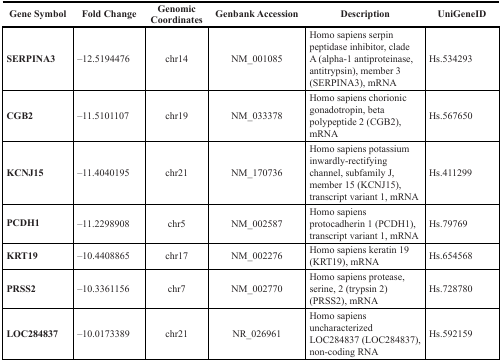
| Gene Symbol | Fold Change | Genomic Coordinates | Genbank Accession | Description | UniGeneID |
 | --- | --- | --- | --- | --- | --- |
 | SERPINA3 | −12.5194476 | chr14 | NM_001085 | Homo sapiens serpin peptidase inhibitor, clade A (alpha-1 antiproteinase, antitrypsin), member 3 (SERPINA3), mRNA | Hs.534293 |
 | CGB2 | −11.5101107 | chr19 | NM_033378 | Homo sapiens chorionic gonadotropin, beta polypeptide 2 (CGB2), mRNA | Hs.567650 |
 | KCNJ15 | −11.4040195 | chr21 | NM_170736 | Homo sapiens potassium inwardly-rectifying channel, subfamily J, member 15 (KCNJ15), transcript variant 1, mRNA | Hs.411299 |
 | PCDH1 | −11.2298908 | chr5 | NM_002587 | Homo sapiens protocadherin 1 (PCDH1), transcript variant 1, mRNA | Hs.79769 |
 | KRT19 | −10.4408865 | chr17 | NM_002276 | Homo sapiens keratin 19 (KRT19), mRNA | Hs.654568 |
 | PRSS2 | −10.3361156 | chr7 | NM_002770 | Homo sapiens protease, serine, 2 (trypsin 2) (PRSS2), mRNA | Hs.728780 |
 | LOC284837 | −10.0173389 | chr21 | NR_026961 | Homo sapiens uncharacterized LOC284837 (LOC284837), non-coding RNA | Hs.592159 |